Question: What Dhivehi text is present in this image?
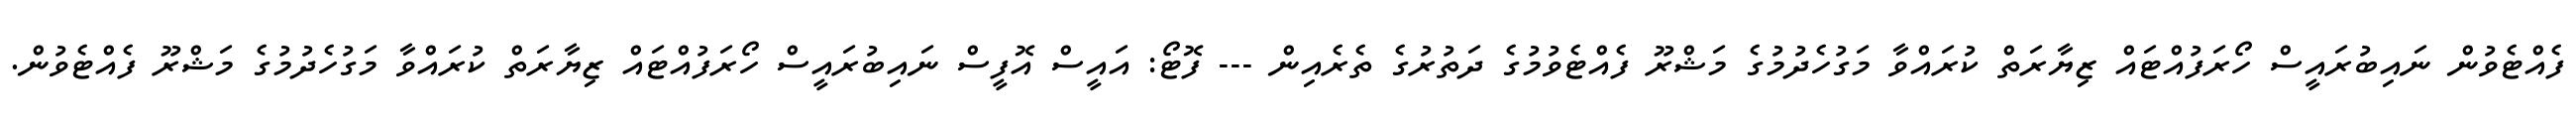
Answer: ފެއްޓެވުން ނައިބުރައީސް ހޯރަފުއްޓައް ޒިޔާރަތް ކުރައްވާ މަގުހެދުމުގެ މަޝްރޫ ފެއްޓެވުމުގެ ދަތުރުގެ ތެރެއިން --- ފޮޓޯ: އައީސް އޮފީސް ނައިބުރައީސް ހޯރަފުއްޓައް ޒިޔާރަތް ކުރައްވާ މަގުހެދުމުގެ މަޝްރޫ ފެއްޓެވުން.